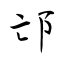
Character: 邙